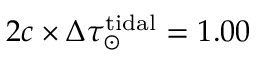
2 c \times \Delta \tau _ { \odot } ^ { \mathrm { t i d a l } } = 1 . 0 0